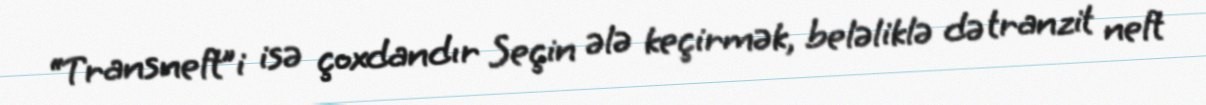
“Transneft”i isə çoxdandır Seçin ələ keçirmək, beləliklə də tranzit neft